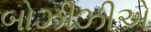
બોઝીઝીએ